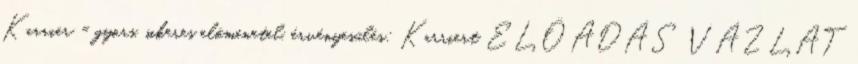
Karrier = gyors, sikeres előmenetel, érvényesülés; Karriert ELŐADÁS VÁZLAT